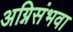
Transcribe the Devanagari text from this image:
अग्निसंभवा